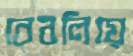
বেবলিয়ে